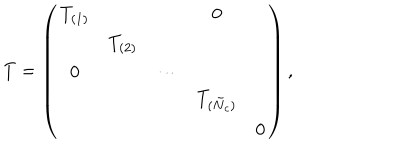
T = \left( \begin{array} { c c c c c } { { T _ { ( 1 ) } } } & { { } } & { { } } & { { 0 } } & { { } } \\ { { } } & { { T _ { ( 2 ) } } } & { { } } & { { } } & { { } } \\ { { 0 } } & { { } } & { { \cdots } } & { { } } & { { } } \\ { { } } & { { } } & { { } } & { { T _ { ( \tilde { N } _ { c } ) } } } & { { } } \\ { { } } & { { } } & { { } } & { { } } & { { 0 } } \\ \end{array} \right) ,